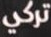
تركي